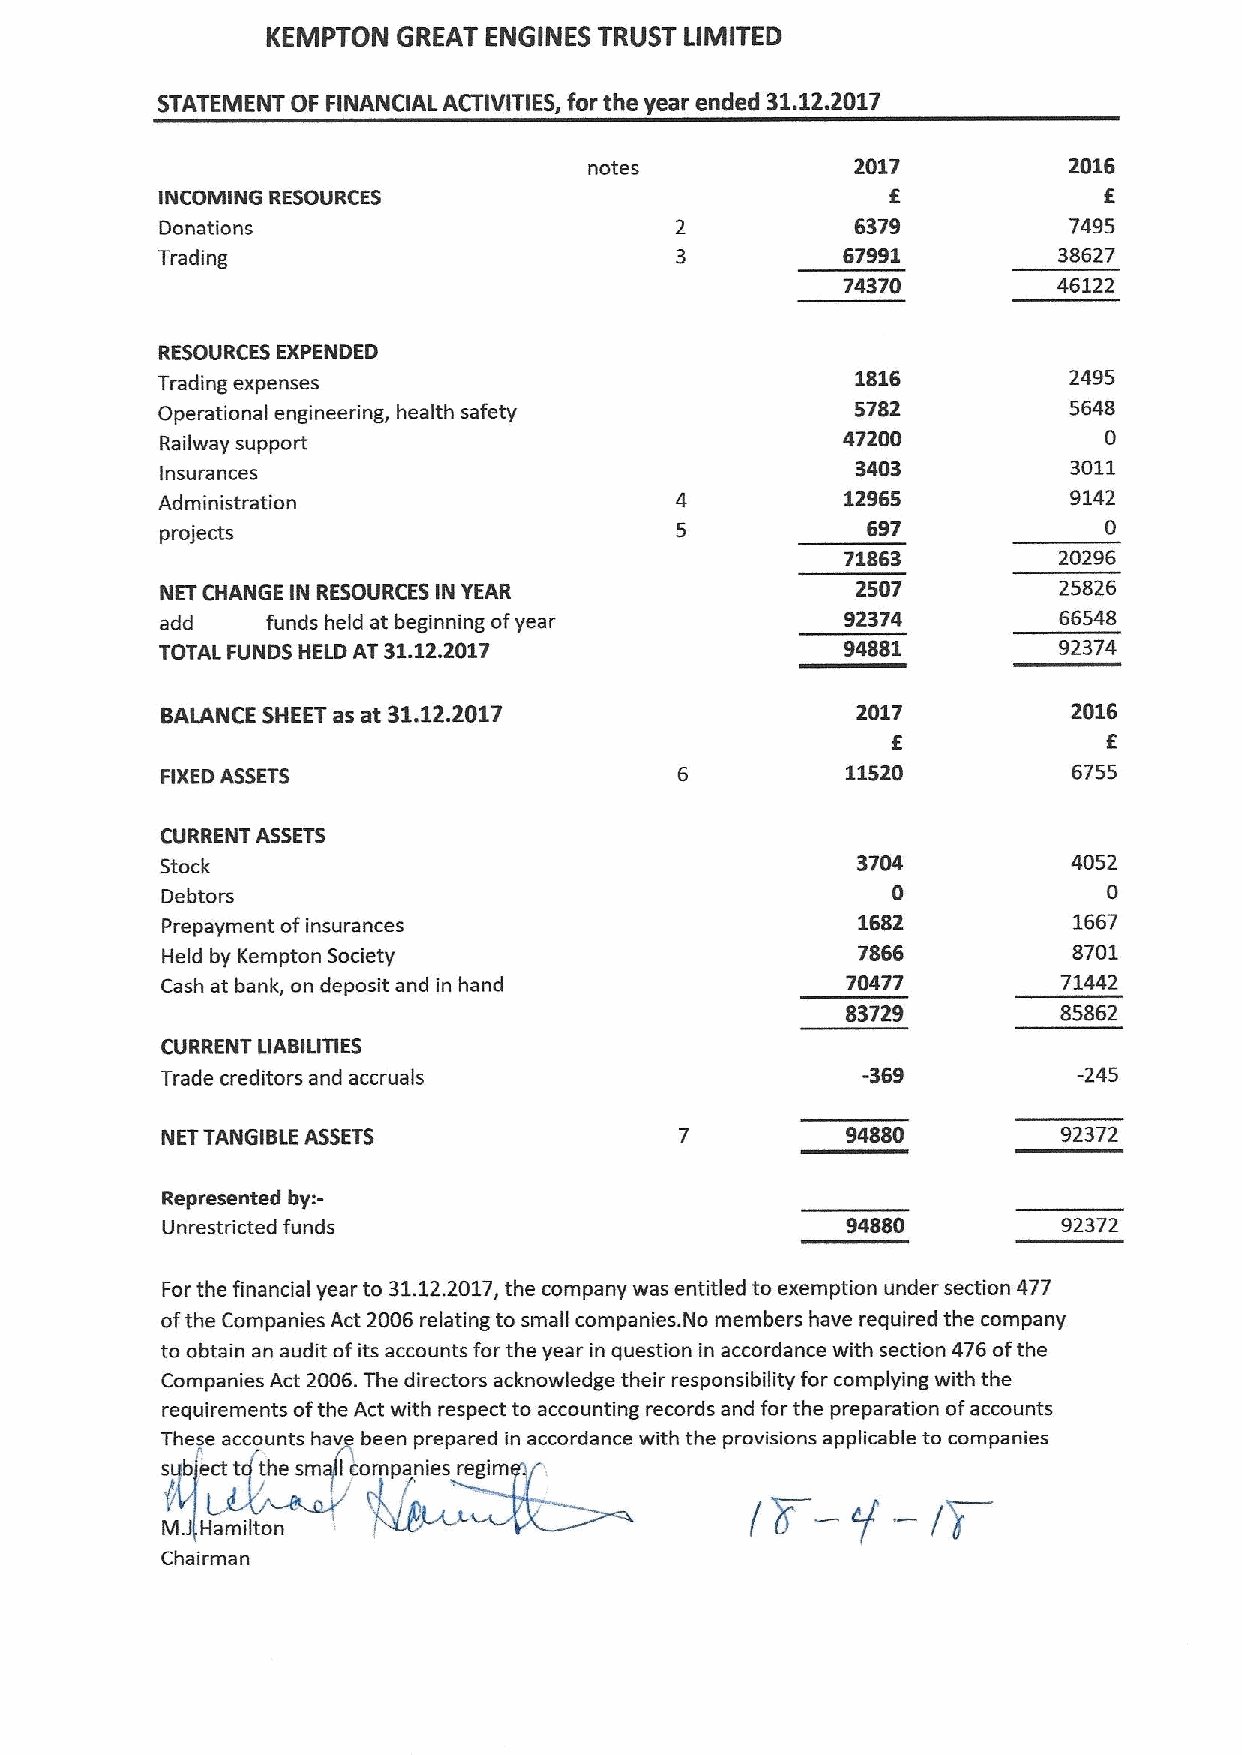
KEMPTON GREAT ENGINES TRUST LIMITED
 STATEMENT OF FINANCIAL ACTIVITIES, for the year ended 31.12.2017
 notes             2017          2016
 f
 INCOMING RESOURCES
 Donations                                     6379          7495
 Trading                                       67991         38627
 74370         46122
 RESOURCES EXPENDED
 1816          2495
 Trading expenses
 Operational engineering, health safety         5782          5648
 47200            0
 Railway support
 Insurances                                    3403          3011
 Administration                                12965          9142
 697             0
 projects
 71863         20296
 NET CHANGE IN RESOURCES IN YEAR               2507         25826
 add    funds held at beginning ofyear        92374         66548
 TOTAL FUNDS HELD AT
 31.12.2017                     94881         92374
 BALANCE SHEET as at 31.12.2017                2017          2016
 f             f
 11520          6755
 FIXEDASSETS
 CURRENT ASSETS
 Stock                                         3704          4052
 Debtors                                         0             0
 Prepayment ofinsurances                       1682          1667
 Held by Kempton Society                       7866          8701
 Cash at bank, on deposit and in hand         70477         71442
 83729         85862
 CURRENT LIABILITIES
 Trade creditors and accruals                  -369          -245
 NET TANGIBLE ASSETS                          94880         92372
 Represented by:-
 Unrestricted funds                           94880         92372
 For the financial year to 31.12.2017,the company was entitled to exemption under section 477
 ofthe Companies Act 2006 relating to small companies. No members have required the company
 to obtain an audit ofits accounts for the year in question in accordance with section 476ofthe
 Companies Act 2006.The directors acknowledge their responsibility for complying with the
 requirements ofthe Act with respect to accounting records and for the preparation ofaccounts
 The e accounts have been prepared in accordance with the provisions applicable to companies
 s bbctt thesm]lcompaniesreglm
 M Hamilton
 Chairman